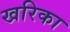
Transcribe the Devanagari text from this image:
खरिका